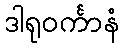
ဒါရုဝင်္ကာနံ